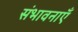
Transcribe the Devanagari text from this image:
संभावनाऍं